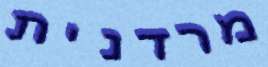
מרדנית